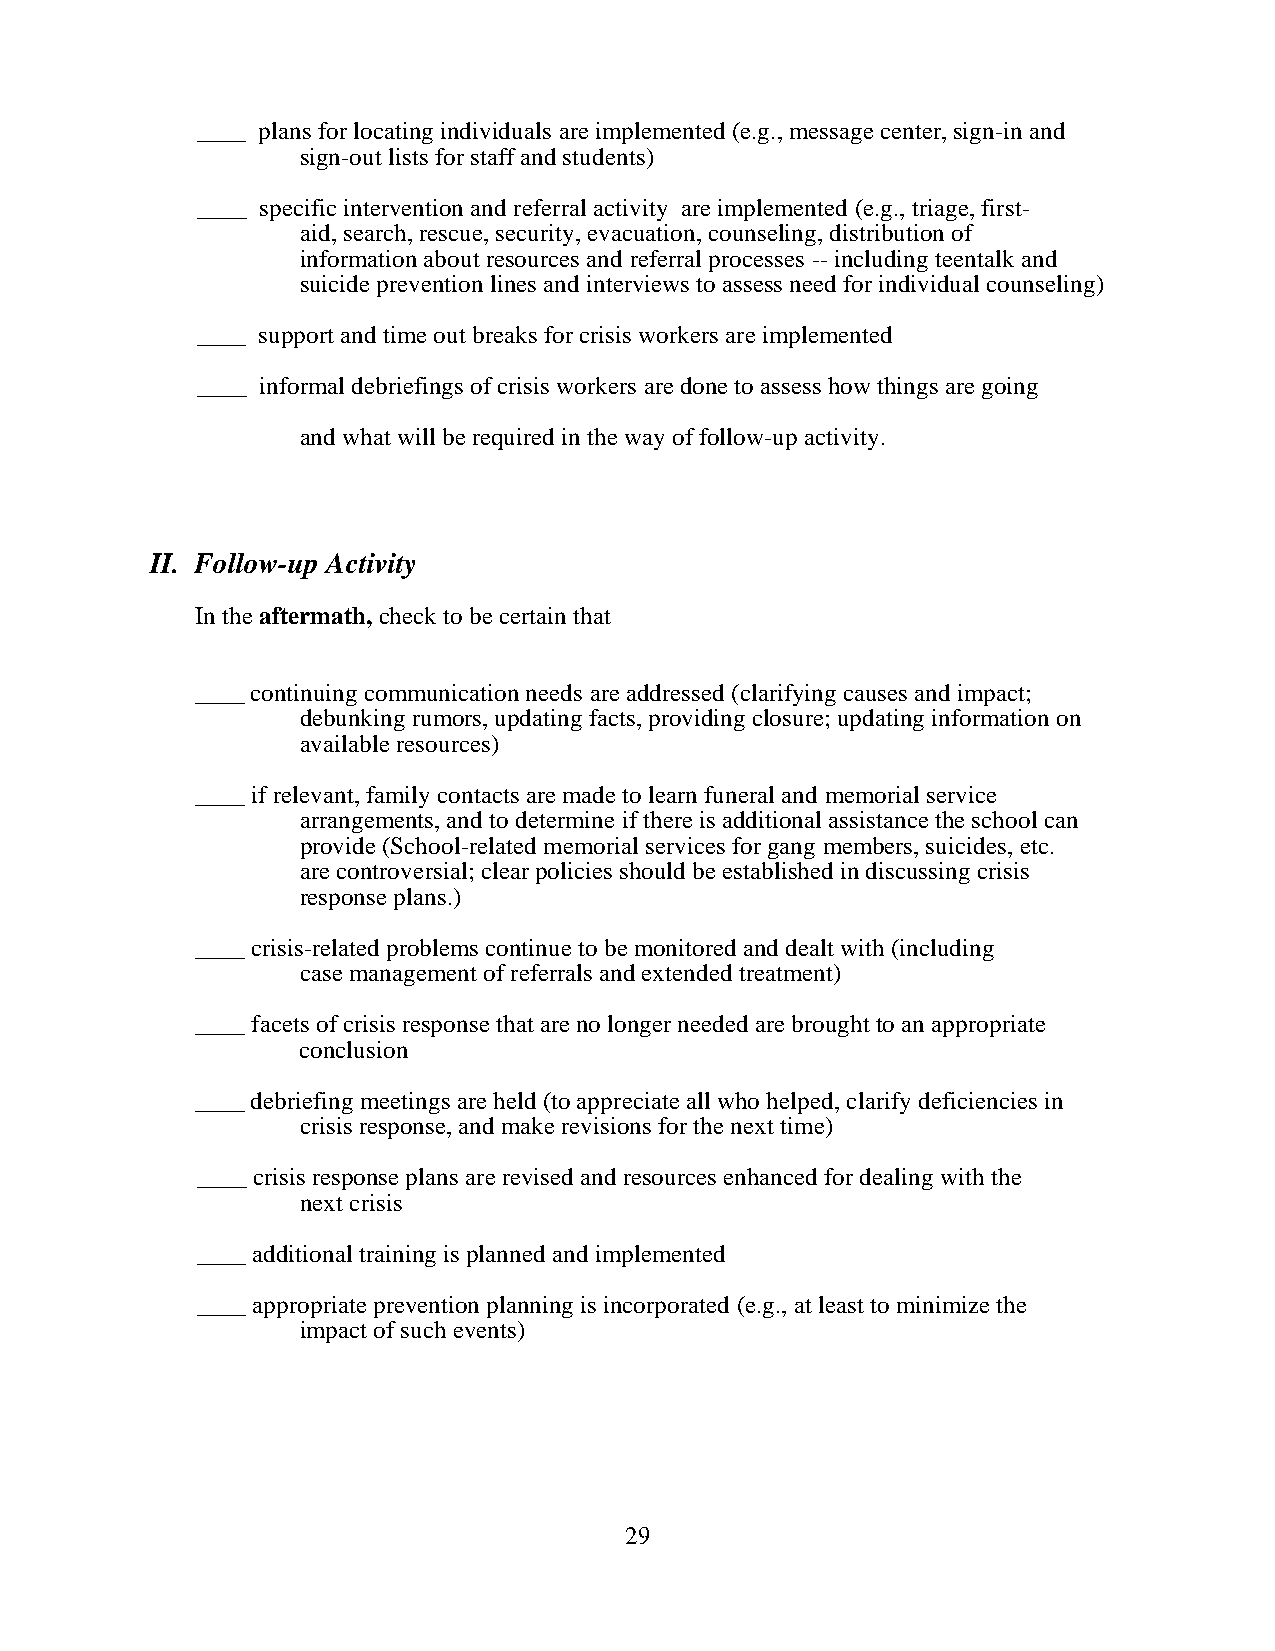
____ plans for locating individuals are implemented (e.g., message center, sign-in and
 sign-out lists for staff and students)
 ____ specific intervention and referral activity are implemented (e.g., triage, first-
 aid, search, rescue, security, evacuation, counseling, distribution of
 information about resources and referral processes -- including teentalk and
 suicide prevention lines and interviews to assess need for individual counseling)
 ____ support and time out breaks for crisis workers are implemented
 ____ informal debriefings of crisis workers are done to assess how things are going
 and what will be required in the way of follow-up activity.
 II. Follow-up Activity
 In the aftermath, check to be certain that
 ____ continuing communication needs are addressed (clarifying causes and impact;
 debunking rumors, updating facts, providing closure; updating information on
 available resources)
 ____ if relevant, family contacts are made to learn funeral and memorial service
 arrangements, and to determine if there is additional assistance the school can
 provide (School-related memorial services for gang members, suicides, etc.
 are controversial; clear policies should be established in discussing crisis
 response plans.)
 ____ crisis-related problems continue to be monitored and dealt with (including
 case management of referrals and extended treatment)
 ____ facets of crisis response that are no longer needed are brought to an appropriate
 conclusion
 ____ debriefing meetings are held (to appreciate all who helped, clarify deficiencies in
 crisis response, and make revisions for the next time)
 ____ crisis response plans are revised and resources enhanced for dealing with the
 next crisis
 ____ additional training is planned and implemented
 ____ appropriate prevention planning is incorporated (e.g., at least to minimize the
 impact of such events)
 29